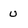
Character: u